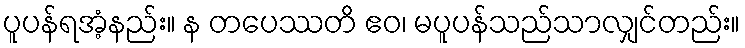
ပူပန်ရအံ့နည်း။ န တပေဿတိ ဧဝ၊ မပူပန်သည်သာလျှင်တည်း။